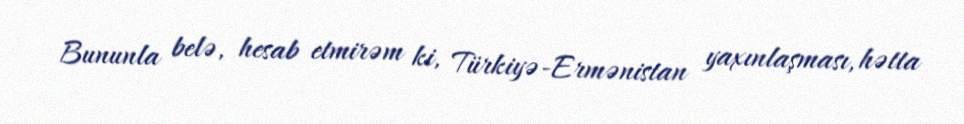
Bununla belə, hesab etmirəm ki, Türkiyə-Ermənistan yaxınlaşması, hətta